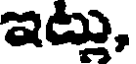
ఇట్లు,